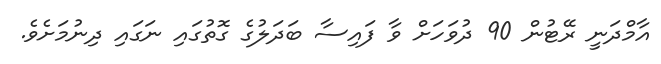
އާމްދަނީ ރޭޓުން 90 ދުވަހަށް ވާ ފައިސާ ބަދަލުގެ ގޮތުގައި ނަގައި ދިނުމަށެވެ.